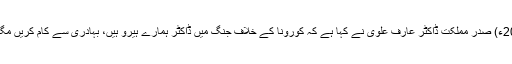
25 مارچ2020ء) صدر مملکت ڈاکٹر عارف علوی نے کہا ہے کہ کورونا کے خلاف جنگ میں ڈاکٹر ہمارے ہیرو ہیں، بہادری سے کام کریں مگر احتیاط کریں۔